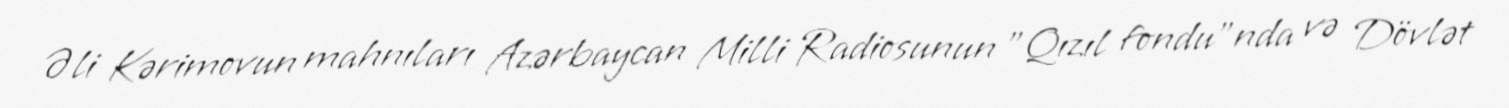
Əli Kərimovun mahnıları Azərbaycan Milli Radiosunun "Qızıl fondu"nda və Dövlət